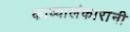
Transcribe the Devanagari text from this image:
काव्यालंकारांनी